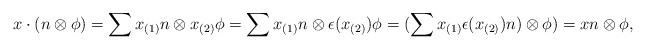
LaTeX: \begin{align*}x\cdot(n\otimes \phi)=\sum x_{(1)}n\otimes x_{(2)}\phi=\sum x_{(1)}n\otimes \epsilon(x_{(2)})\phi=(\sum x_{(1)}\epsilon(x_{(2)})n)\otimes \phi)=xn\otimes \phi,\end{align*}